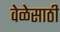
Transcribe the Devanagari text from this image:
वेळेसाठी